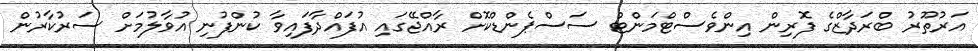
އަރުތޫރު ބްރަދާޒްގެ ފޮރިން އިންވެސްޓްމަންޓް ސަސްޕެންޑްކޮށް ރާއްޖޭގައި އުފައްދާފައިވާ ކުންފުނި އުވާލުމަށް ސަރުކާރުން